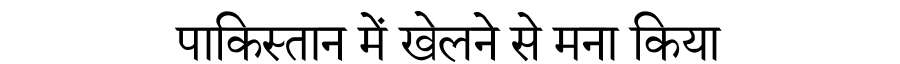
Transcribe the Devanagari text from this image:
पाकिस्तान में खेलने से मना किया